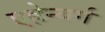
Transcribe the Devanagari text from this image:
एह्रेन्बर्ग